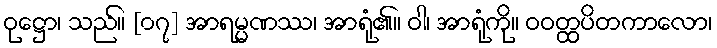
ဝုဋ္ဌော၊ သည်။ [၀၇] အာရမ္မဏဿ၊ အာရုံ၏။ ဝါ၊ အာရုံကို။ ဝဝတ္ထပိတကာလော၊